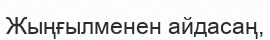
Жыңғылменен айдасаң,